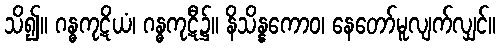
သိ၍။ ဂန္ဓကုဋိယံ၊ ဂန္ဓကုဋီ၌။ နိသိန္နကောဝ၊ နေတော်မူလျက်လျှင်။